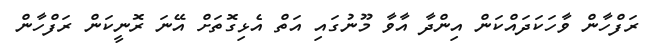
ރަފްހާން ވާހަކަދައްކަން އިންދާ އާވާ މޫނުގައި އަތް އެޅިގޮތަށް އޭނަ ރޮނީކަން ރަފްހާން